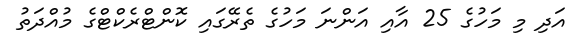
އަދި މި މަހުގެ 25 އާއި އަންނަ މަހުގެ ތެރޭގައި ކޮންޓްރެކްޓްގެ މުއްދަތު